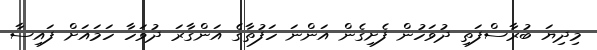
މިދިޔަ ބުރާސްފަތި ދުވަހުން ފެށިގެން އަންނަ ހަފުތާގެ އަންގާރަ ދުވަހާ ހަމައަށް ފައިސާ